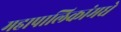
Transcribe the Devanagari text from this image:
महापालिकांमधे